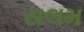
સલમ